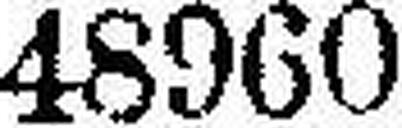
48960